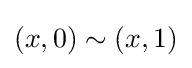
(x,0)\sim (x,1)